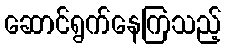
ဆောင်ရွက်နေကြသည့်